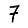
Digit: 7